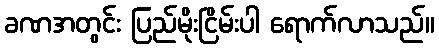
ခဏအတွင်း ပြည်မိုးငြိမ်းပါ ရောက်လာသည်။